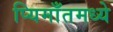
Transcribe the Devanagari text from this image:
प्यिमाँतमध्ये